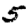
Digit: 5